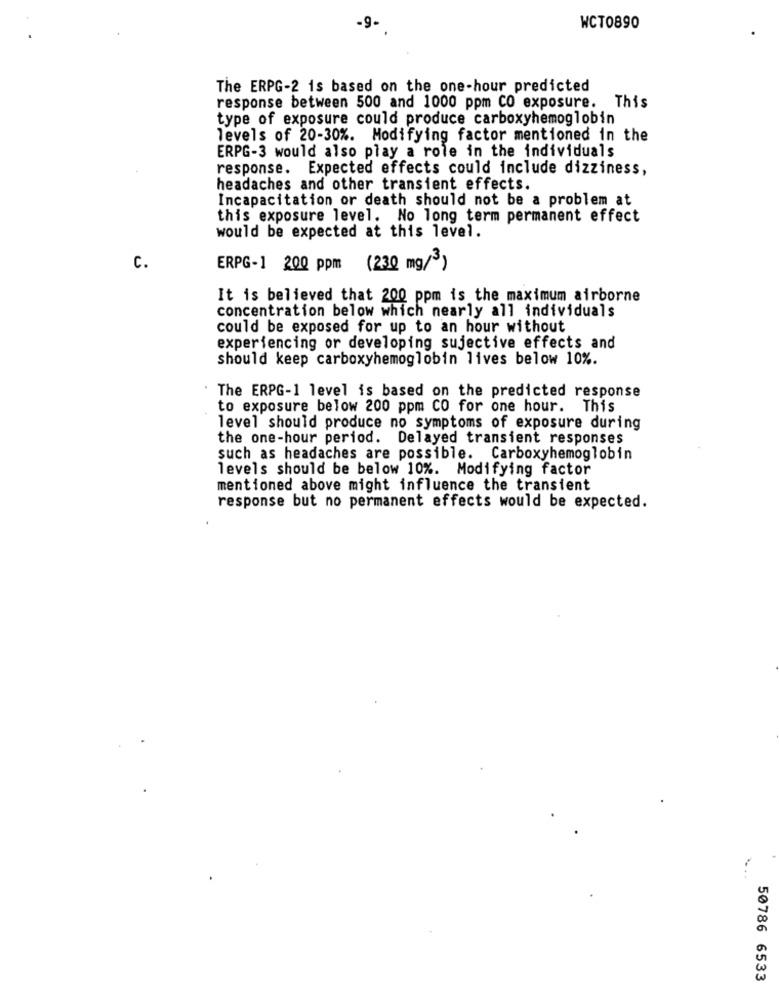
-9-
WCT0890
The ERPG-2 is based on the one-hour predicted
response between 500 and 1000 ppm CO exposure. This
type of exposure could produce carboxyhemoglobin
levels of 20-30%. Modifying factor mentioned in the
ERPG-3 would also play a role in the individuals
response. Expected effects could include dizziness,
headaches and other transient effects.
Incapacitation or death should not be a problem at
this exposure level. No long term permanent effect
would be expected at this level.
C.
ERPG-1 200 ppm (230 mg/3)
It is believed that 200 ppm is the maximum airborne
concentration below which nearly all individuals
could be exposed for up to an hour without
experiencing or developing sujective effects and
should keep carboxyhemoglobin lives below 10%.
The ERPG-1 level is based on the predicted response
to exposure below 200 ppm CO for one hour. This
level should produce no symptoms of exposure during
the one-hour period. Delayed transient responses
such as headaches are possible. Carboxyhemoglobin
levels should be below 10%. Modifying factor
mentioned above might influence the transient
response but no permanent effects would be expected.
50786 6533